Document type: Emphyteutic lease
Year: 1295
Scribe: Pere de Noguera, prevere
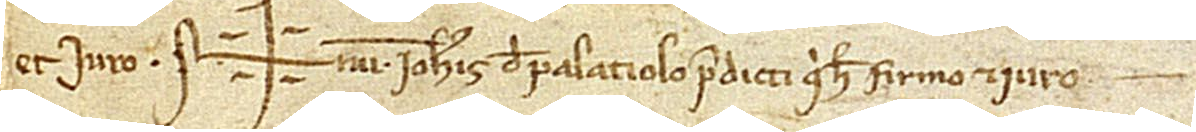
et iuro. Sig+num Iohannis de Palaciolo predicti, qui hec firmo et iuro.